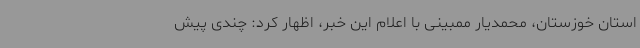
استان خوزستان، محمدیار ممبینی با اعلام این خبر، اظهار کرد: چندی پیش